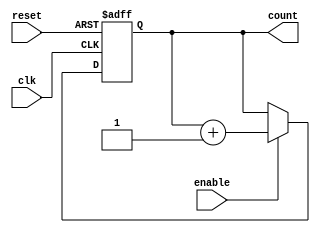
module up_counter_with_enable (
    input wire clk,         // Clock input
    input wire enable,      // Enable signal
    input wire reset,       // Asynchronous reset signal
    output reg [N-1:0] count // Counter output (N-bit)
);

parameter N = 4; // Define the number of bits in the counter

// Always block triggered on the rising edge of the clock or asynchronous reset
always @(posedge clk or posedge reset) begin
    if (reset) begin
        count <= 0; // Reset the counter to 0
    end else if (enable) begin
        count <= count + 1; // Increment the counter
    end
    // If enable is low, the counter retains its current value
end

endmodule